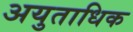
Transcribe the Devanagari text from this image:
अयुताधिक